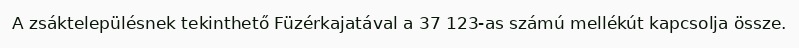
A zsáktelepülésnek tekinthető Füzérkajatával a 37 123-as számú mellékút kapcsolja össze.